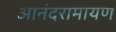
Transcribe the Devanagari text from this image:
आनंदरामायण